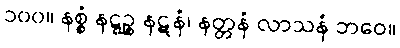
၁၀၀။ နစ္စံ နဋ္ဋဉ္စ နဋနံ၊ နတ္တနံ လာသနံ ဘဝေ။